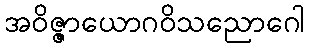
အဝိဇ္ဇာယောဂဝိသညောဂေါ